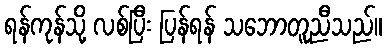
ရန်ကုန်သို့ လစ်ပြီး ပြန်ရန် သဘောတူညီသည်။